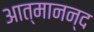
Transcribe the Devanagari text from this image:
आत्‍मानन्द